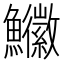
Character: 𩽚